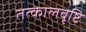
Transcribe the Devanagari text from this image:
तत्कालवृष्टि